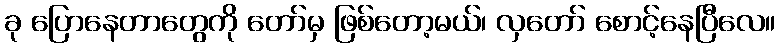
ခု ပြောနေတာတွေကို တော်မှ ဖြစ်တော့မယ်၊ လှတော် စောင့်နေပြီလေ။